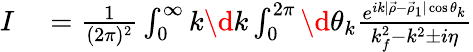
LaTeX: \begin{array}{rl}{I}&{{}=\frac{1}{(2\pi)^{2}}\int_{0}^{\infty}k\d k\int_{0}^{2\pi}\d\theta_{k}\frac{e^{ik\vert\vec{\rho}-\vec{\rho}_{1}\vert\cos\theta_{k}}}{k_{f}^{2}-k^{2}\pm i\eta}}\end{array}